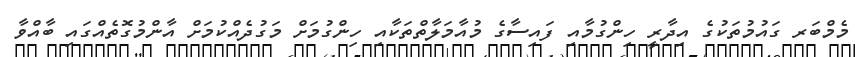
މެމްބަރ ގައުމުތަކުގެ އިދާރީ ހިންގުމާއި ފައިސާގެ މުއާމަލާތްތަކާއި ހިންގުމަށް މަގުދެއްކުމަށް އާންމުގޮތެއްގައި ބާއްވާ